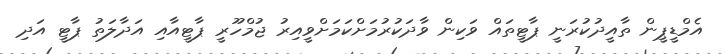
އެމްޑީޕީން ތާއީދުކުރަނީ ޕާޓީތައް ވަކިން ވާދަކުރުމަށްކަމަށްވީއިރު ޖުމްހޫރީ ޕާޓީއާއި އަދާލަތު ޕާޓީ އަދި